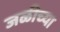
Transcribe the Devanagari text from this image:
जळीच्या